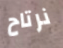
نرتاح